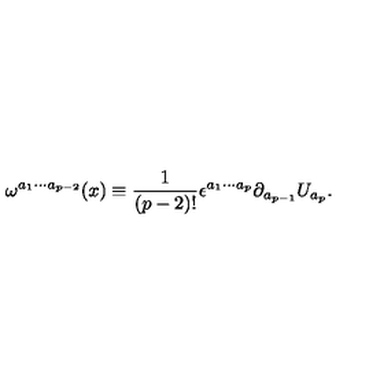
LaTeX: \omega ^ { a _ { 1 } \cdots a _ { p - 2 } } ( x ) \equiv \frac { 1 } { ( p - 2 ) ! } \epsilon ^ { a _ { 1 } \cdots a _ { p } } \partial _ { a _ { p - 1 } } U _ { a _ { p } } .